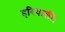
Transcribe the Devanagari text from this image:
हरियाली।